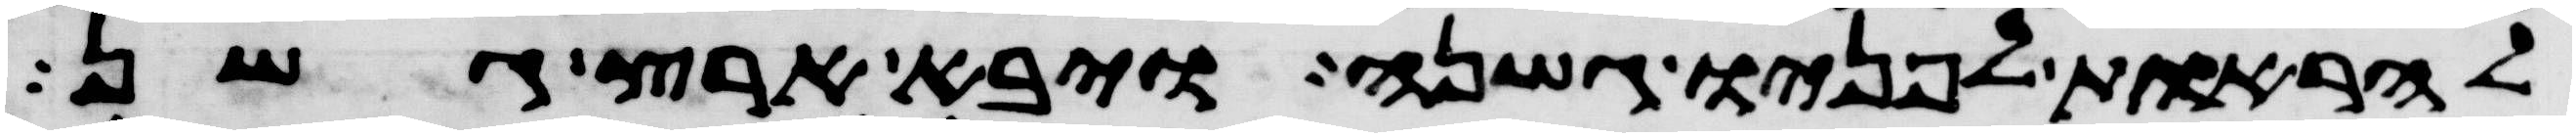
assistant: להראות לפניו גשנה ויבא ארץ גשן